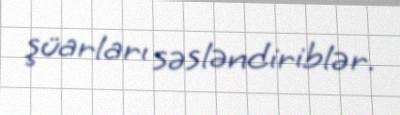
şüarları səsləndiriblər.